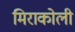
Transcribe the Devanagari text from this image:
मिराकोली